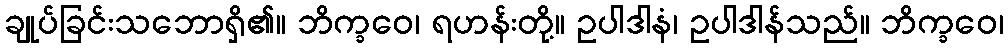
ချုပ်ခြင်းသဘောရှိ၏။ ဘိက္ခဝေ၊ ရဟန်းတို့။ ဥပါဒါနံ၊ ဥပါဒါန်သည်။ ဘိက္ခဝေ၊